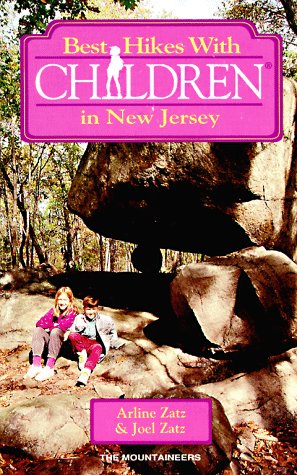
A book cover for Best Hikes with Children in New Jersey (Best Hikes With Children Series); Arline Zatz; Travel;